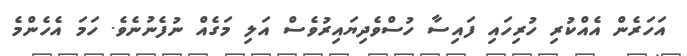
އަހަރެން އެއްކުރި ހުރިހައި ފައިސާ ހުސްވެދިޔައިރުވެސް އަލި މަގެއް ނުފެނުނެވެ. ހަމަ އެހެންމެ